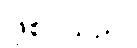
ဖြစ်ပါသည်။